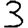
Digit: 3